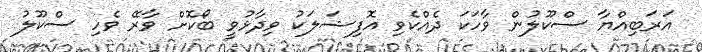
އަރަބިއްޔާ ސްކޫލުން ވާހަކަ ދެއްކެވި އޮފިޝަލަކު ވިދާޅުވީ ބޯކޮށް ވާރޭ ވެހި ސްކޫލު